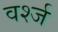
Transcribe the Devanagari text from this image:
वर्श्ज